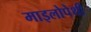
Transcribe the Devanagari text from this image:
माइलोपेथी